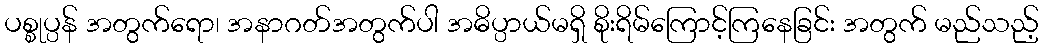
ပစ္စုပ္ပန် အတွက်ရော၊ အနာဂတ်အတွက်ပါ အဓိပ္ပာယ်မရှိ စိုးရိမ်ကြောင့်ကြနေခြင်း အတွက် မည်သည့်